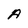
Character: A